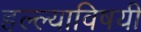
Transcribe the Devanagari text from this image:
हल्ल्याविषयी